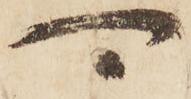
可